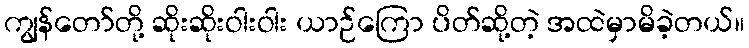
ကျွန်တော်တို့ ဆိုးဆိုးဝါးဝါး ယာဉ်ကြော ပိတ်ဆို့တဲ့ အထဲမှာမိခဲ့တယ်။